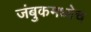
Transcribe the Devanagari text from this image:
जंबुकमध्येच